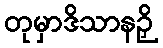
တုမှာဒိသာနဉှိ